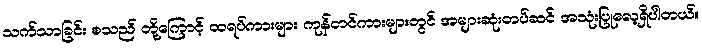
သက်သာခြင်း စသည် တို့ကြောင့် ထရပ်ကားများ ကုန်တင်ကားများတွင် အများဆုံးတပ်ဆင် အသုံးပြုလေ့ရှိပါတယ်။